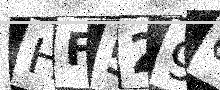
Text: HF529C